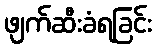
ဖျက်ဆီးခံရခြင်း